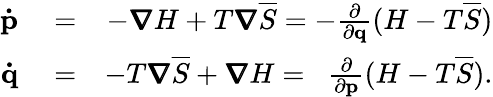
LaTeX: \begin{array}{rlr}{\mathbf{\dot{p}}}&{{}=}&{-\pmb{\nabla}H+T\pmb{\nabla}\overline{{S}}=-\frac{\partial}{\partial\mathbf{q}}(H-T\overline{{S}})}\\ {\mathbf{\dot{q}}}&{{}=}&{-T\pmb{\nabla}\overline{{S}}+\pmb{\nabla}H=\; \; \frac{\partial}{\partial\mathbf{p}}(H-T\overline{{S}}).}\end{array}